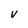
Character: v